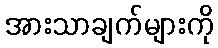
အားသာချက်များကို